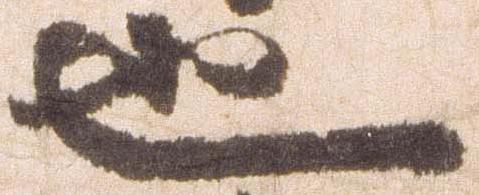
也